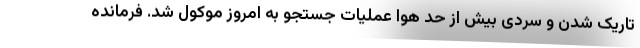
تاریک شدن و سردی بیش از حد هوا عملیات جستجو به امروز موکول شد. فرمانده